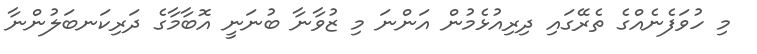
މި ހުވަފެނެއްގެ ތެރޭގައި ދިރިއުޅެމުން އަންނަ މި ޒުވާނާ ބުނަނީ އޮބާމާގެ ދަރިކަނބަލުންނާ